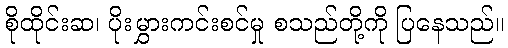
စိုထိုင်းဆ၊ ပိုးမွှားကင်းစင်မှု စသည်တို့ကို ပြနေသည်။